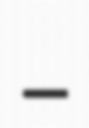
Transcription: –